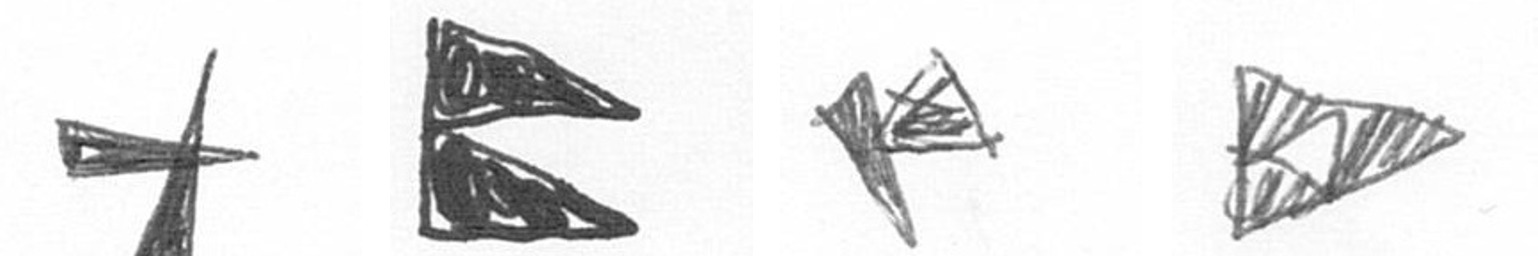
G P F K